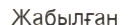
Жабылған